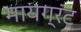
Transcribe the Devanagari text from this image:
मायग्रंट